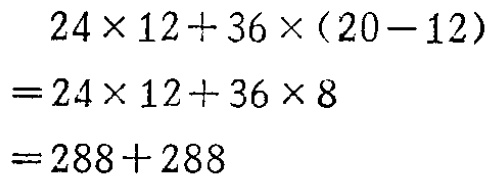
\[

\begin{align*}

&24\times12 + 36\times(20 - 12)\\

=&24\times12 + 36\times8\\

=&288+288

\end{align*}

\]